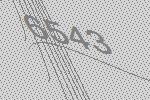
6543